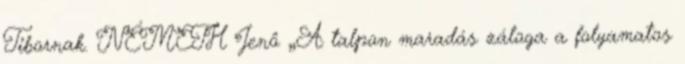
Tibornak. NÉMETH Jenô „A talpon maradás záloga a folyamatos